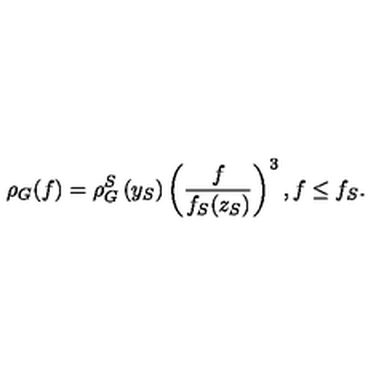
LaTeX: \rho _ { G } ( f ) = \rho _ { G } ^ { S } \left( y _ { S } \right) \left( \frac { f } { f _ { S } ( z _ { S } ) } \right) ^ { 3 } , f \le f _ { S } .